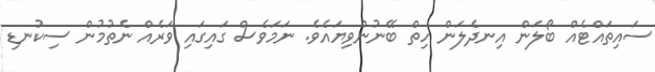
ސައިތައްޓެއް ބޯލަން އިނދެލަން ހިތް ބޭނުންވިޔައެވެ. ނަމަވެސް ގައިގައި ވަރެއް ނެތުމުން ސިކުނޑި